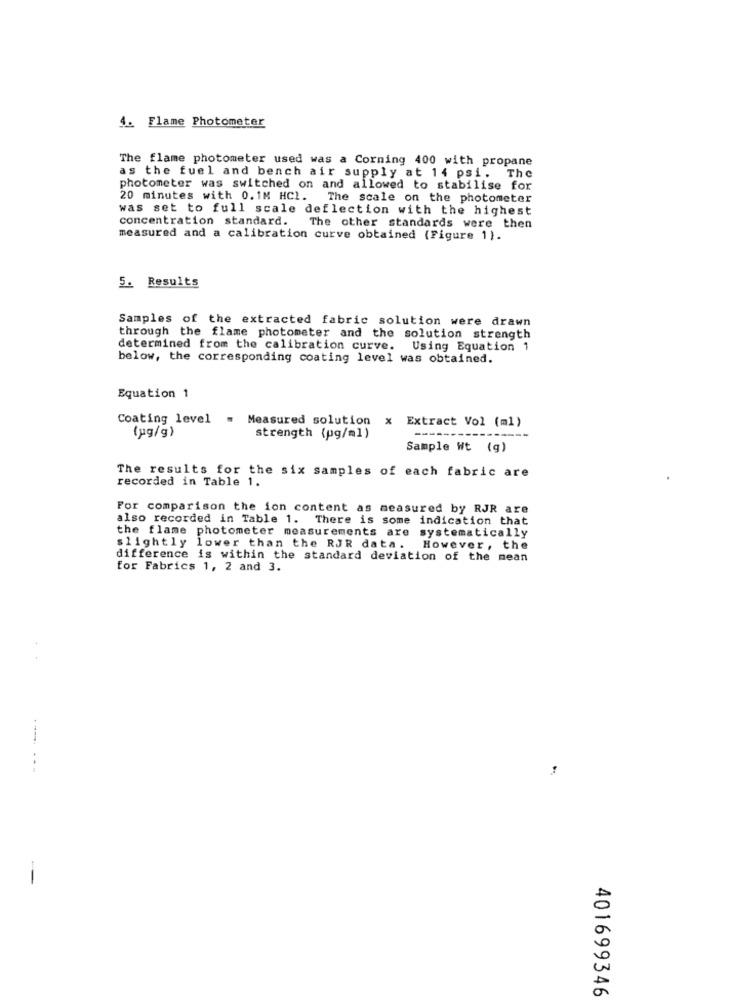
1. Flame Photometer
The flame photometer used was a Corning 400 with propane
as the fuel and bench air supply at 14 psi.
The
photometer was switched on and allowed to stabilise for
20 minutes with 0.1M HC1. The scale on the photometer
was set to full scale deflection with the highest
concentration standard.
The other standards were then
measured and a calibration curve obtained (Figure 1).
5. Results
Samples of the extracted fabric solution were drawn
through the flame photometer and the solution strength
determined from the calibration curve. Using Equation 1
below, the corresponding coating level was obtained.
Equation 1
Coating level = Measured solution x Extract Vol (ml)
(pg/g)
strength (pg/ml)
-----
Sample Wt (g)
The results for the six samples of each fabric are
recorded in Table 1.
For comparison the ion content as measured by RJR are
also recorded in Table 1. There is some indication that
the flame photometer measurements are
systematically
slightly lower than the RJR data . However, the
difference is within the standard deviation of the mean
for Fabrics 1, 2 and 3.
..
401699346